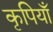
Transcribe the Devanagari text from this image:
कृपियाँ